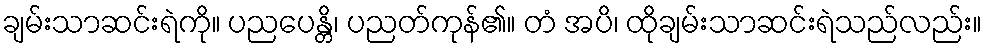
ချမ်းသာဆင်းရဲကို။ ပညပေန္တိ၊ ပညတ်ကုန်၏။ တံ အပိ၊ ထိုချမ်းသာဆင်းရဲသည်လည်း။